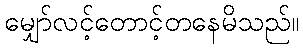
မျှော်လင့်တောင့်တနေမိသည်။